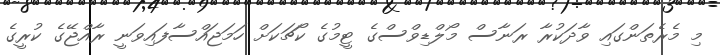
މި މެރެތަންގައި ވާދަކުރާ ރަނާސް މޯލްޑިވްސްގެ ޓީމުގެ ކޯޗަކަށް ހަމަޖައްސާފައިވަނީ ރާއްޖޭގެ ކުރީގެ